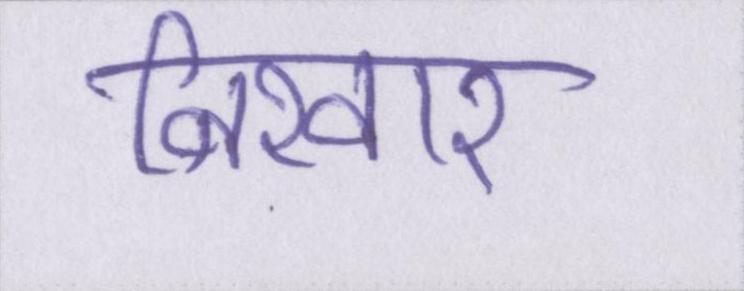
निखार